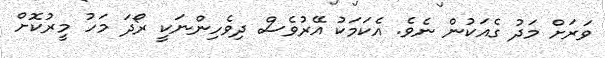
ވަރަށް މަދު ގެއަކުން ނެވެ. އެކަމަކު އޭރުވެސް ދިވެހިންނަކީ ރޯދަ މަހު މީރުކޮށް